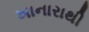
ખાનારાથી